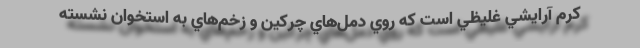
كرم آرايشي غليظي است كه روي دمل‌هاي چركين و زخم‌هاي به استخوان ‌نشسته